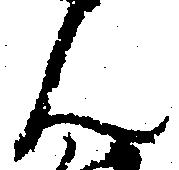
ん